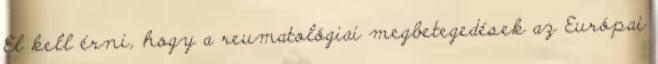
El kell érni, hogy a reumatológiai megbetegedések az Európai